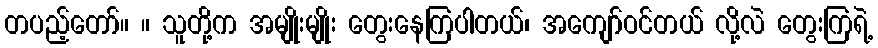
တပည့်တော်။ ။ သူတို့က အမျိုးမျိုး တွေးနေကြပါတယ်၊ အကျော်ဝင်တယ် လို့လဲ တွေးကြရဲ့